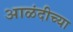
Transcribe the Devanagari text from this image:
आळंदीच्या